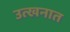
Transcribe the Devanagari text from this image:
उत्खनात